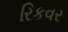
રિકવર